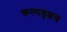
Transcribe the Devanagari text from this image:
कल्पवृक्षच